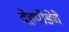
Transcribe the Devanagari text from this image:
देहपीडेचे